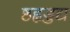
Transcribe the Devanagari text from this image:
ष्ठह्वड्डद्य